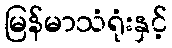
မြန်မာသံရုံးနှင့်